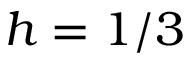
h = 1 / 3